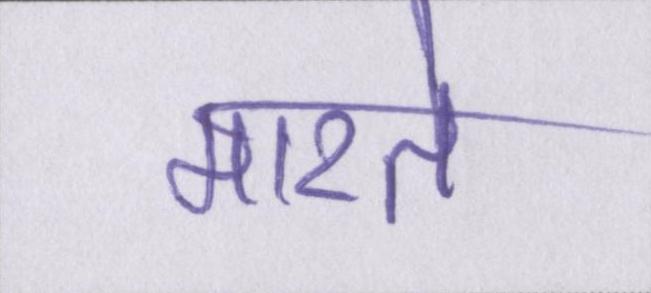
मारते